Trukikaitis_Postimees, lk 21
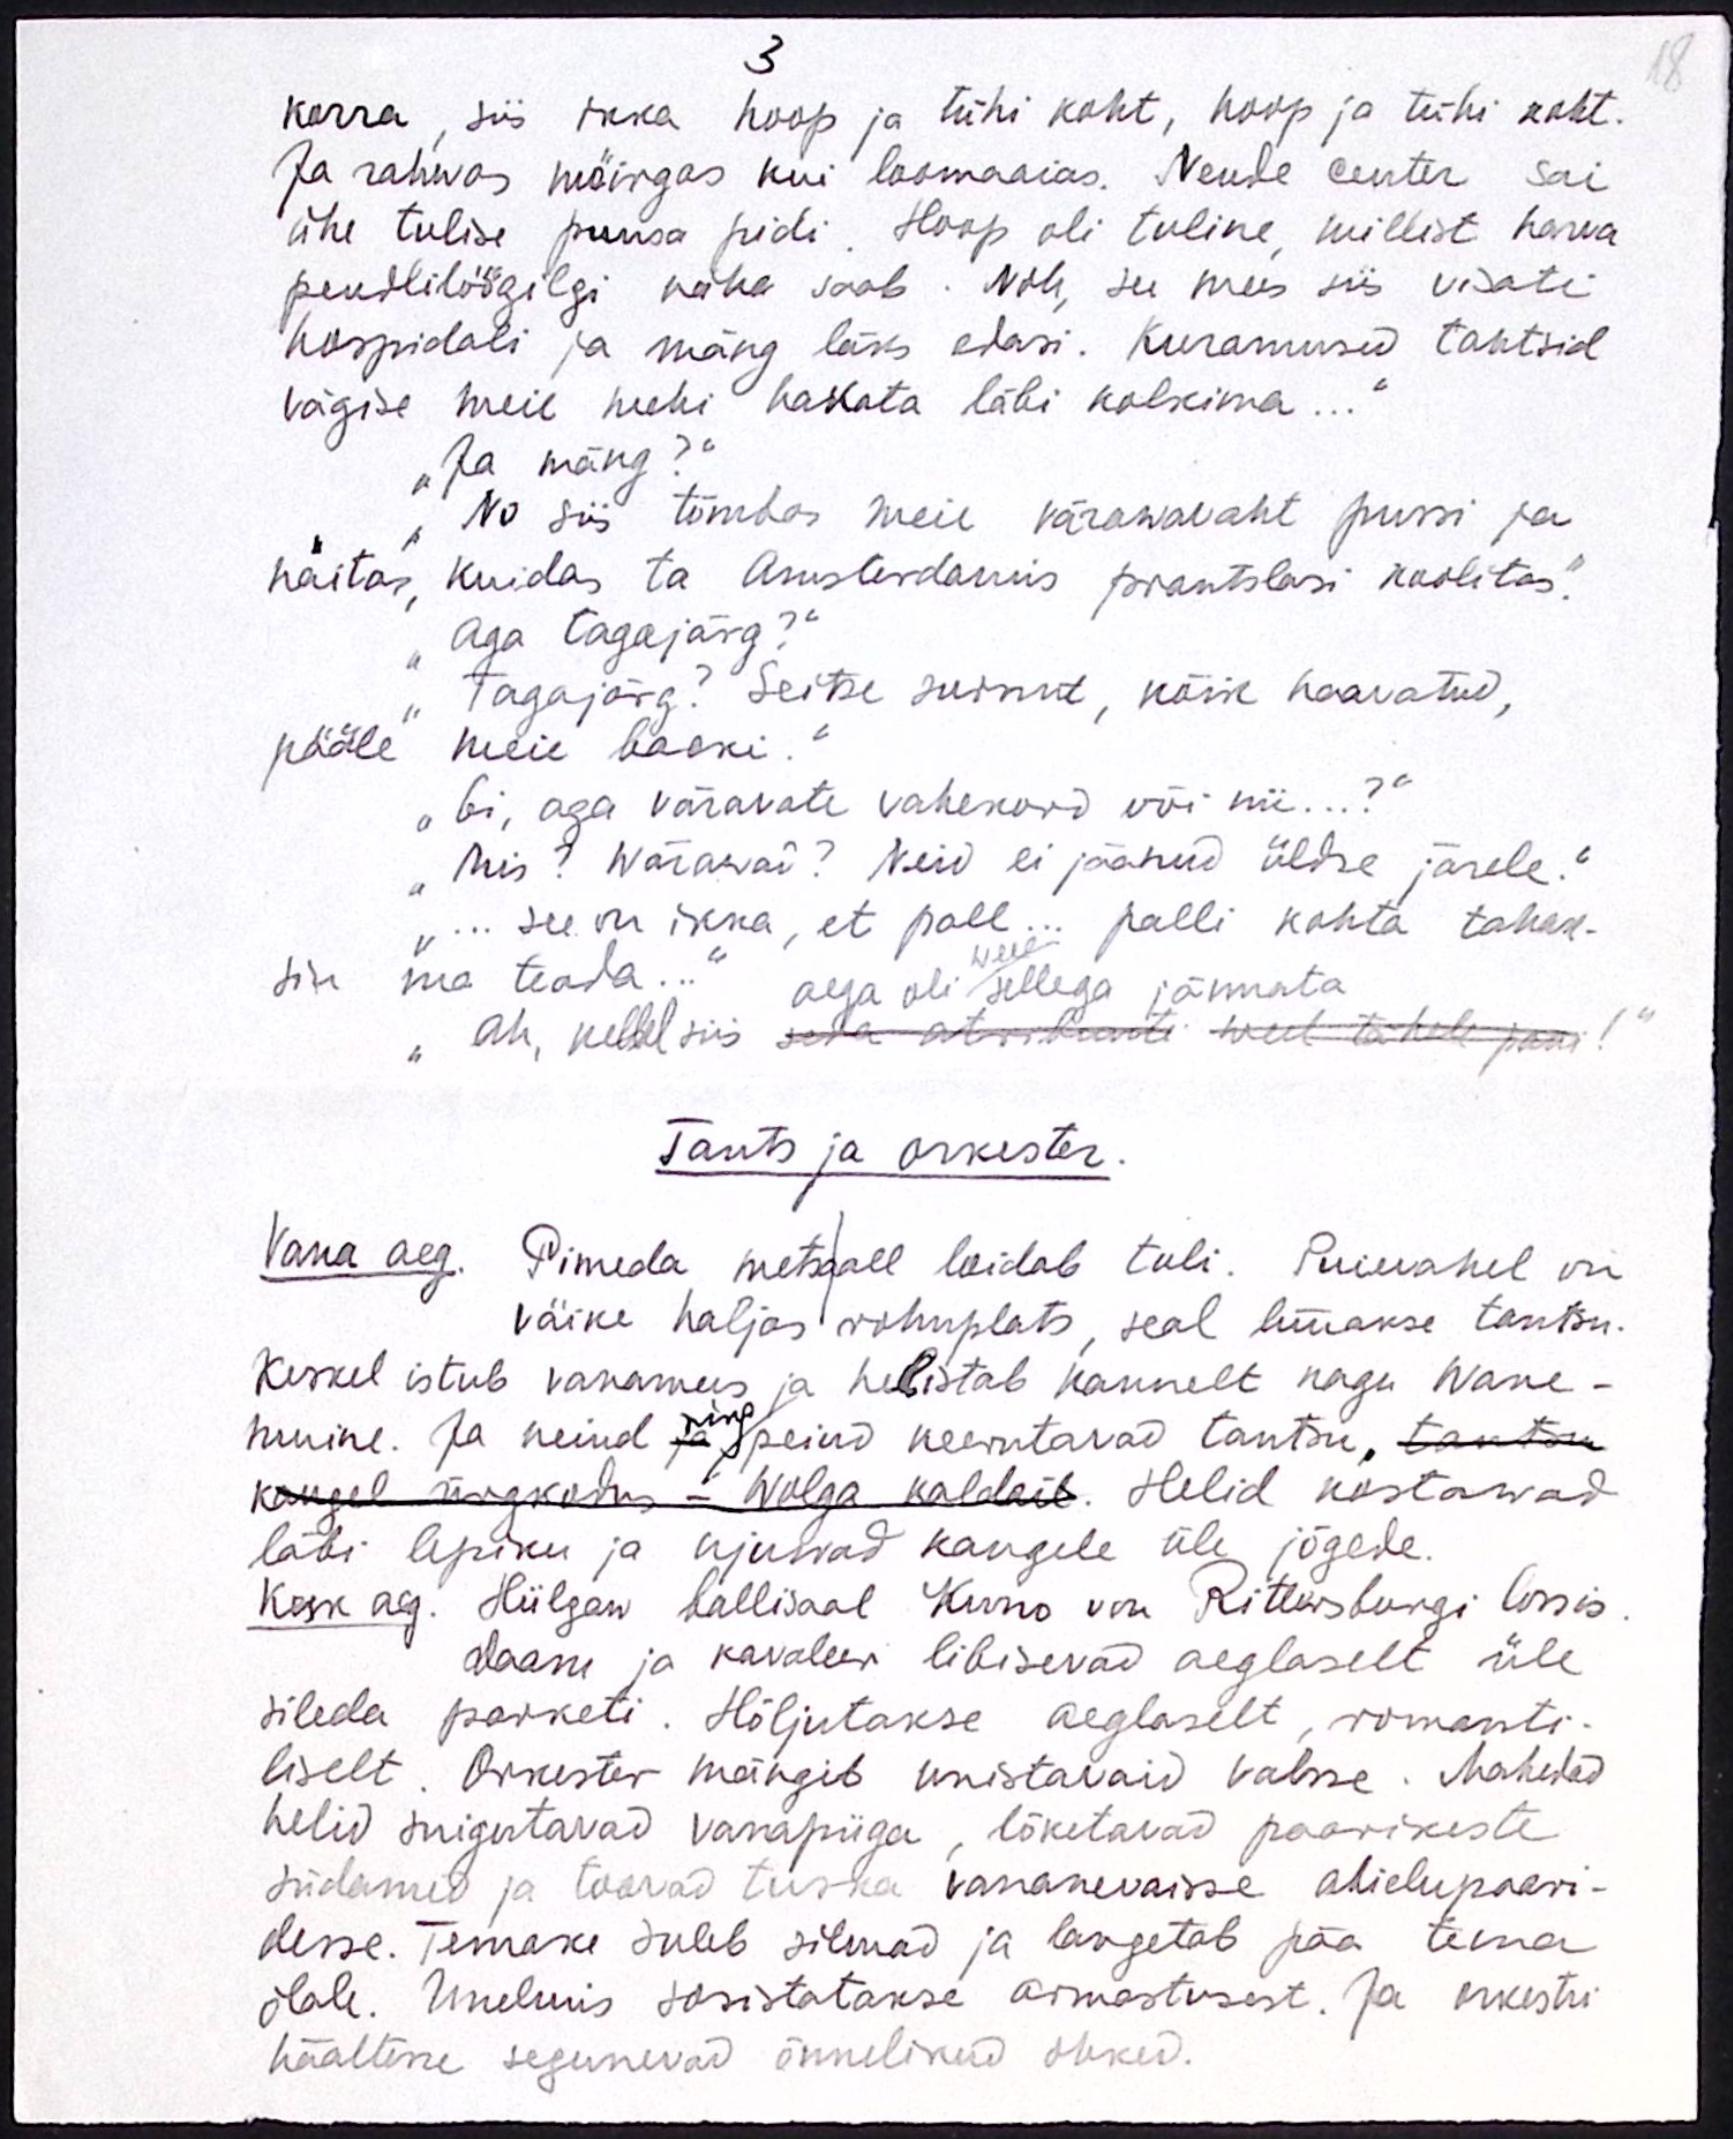
3
18
korra, siis ikka hoop ja tühi koht, hoop ja tühi koht.
Ja rahwas möirgas kui loomaaias. Nende center sai
ühe tulise puusa pidi. Hoop oli tuline, millist harva
pendlilöögilgi näha saab. Noh, see mees siis visati
hospidali ja mäng läks edasi. Kuramused tahtsid
vägise meie mehi hakata läbi kolkima..."
"Ja mäng?"
"No siis tõmbas meie värawavaht pussi ja
näitas, kuidas ta Amsterdamis prantslasi koolitas."
"Aga tagajärg?“
"Tagajärg? Seitse surnut, kõik haavatud,
pääle meie backi."
"Ei, aga väravate vahekord või nii...?"
"Mis? Wärawad? Neid ei jäänud üldse järele."
"... see on ikka, et pall... palli kohta tahak-
weel
sin ma teada..."
aega oli sellega jännata
"Ah, kellel siis seda otvahanti weel tähele pani!"
Tants ja orkester.
Vana aeg. Pimeda metsall loidab tuli. Puievahel on
väike haljas rohuplats, seal lüüakse tantsu.
Keskel istub vanamees ja helistab kannelt nagu Wane-
muine. Ja neiud ja peiud keerutavad tantsu. tantsu
ning
kaugel ürgkodus - Wolga kaldail. Helid kostawad
läbi lepiku ja ajuwad kaugele üle jõgede.
Kesk aeg. Hiilgaw ballisaal Kuno von Rittersburgi lossis
daam ja kavaleer libisevad aeglaselt üle
sileda parketi. Hõljutakse aeglaselt, romanti-
liselt. Orkester mängib unistavaid valsse. Mahedad
helid suigutavad vanapiiga, lõketavad paarikeste
südamed ja toovad tuska vananevaisse abielupaari-
desse. Temake suleb silmad ja langetab pää tema
õlale. Unelmis sosistatakse armastusest. Ja orkestri
häältesse segunevad õnnelikud ohked.